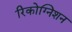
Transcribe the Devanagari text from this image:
रिकोग्निशन